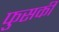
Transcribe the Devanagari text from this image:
फुसकी